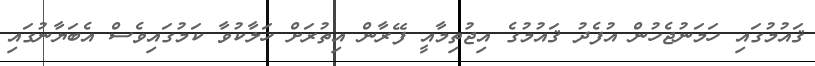
ޤައުމުގައި ހަމަނުޖެހުން އުފެދު ޤައުމުގެ އިޖުތިމާއީ ފޭރާން އިތުރަށް ހަލާކުވާ ކަމުގައިވެސް އެބަޔާނުގައި